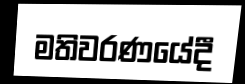
මතිවරණයේදී